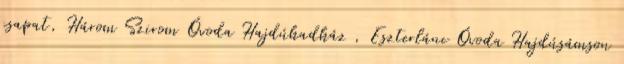
csapat, Három Szirom Óvoda Hajdúhadház , Eszterlánc Óvoda Hajdúsámson